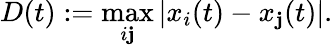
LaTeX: D(t):=\operatorname*{max}_{i\mathbf{j}}|x_{i}(t)-x_{\mathbf{j}}(t)|.